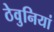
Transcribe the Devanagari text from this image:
ठेवुनियां